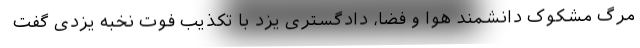
مرگ مشکوک دانشمند هوا و فضا، دادگستری یزد با تکذیب فوت نخبه یزدی گفت